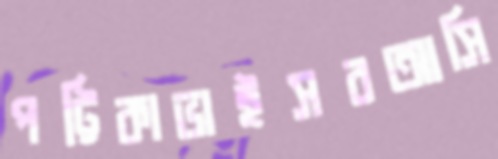
পট্টিকাভাইসবআসি